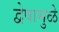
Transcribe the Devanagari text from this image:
द्वेषामुळे